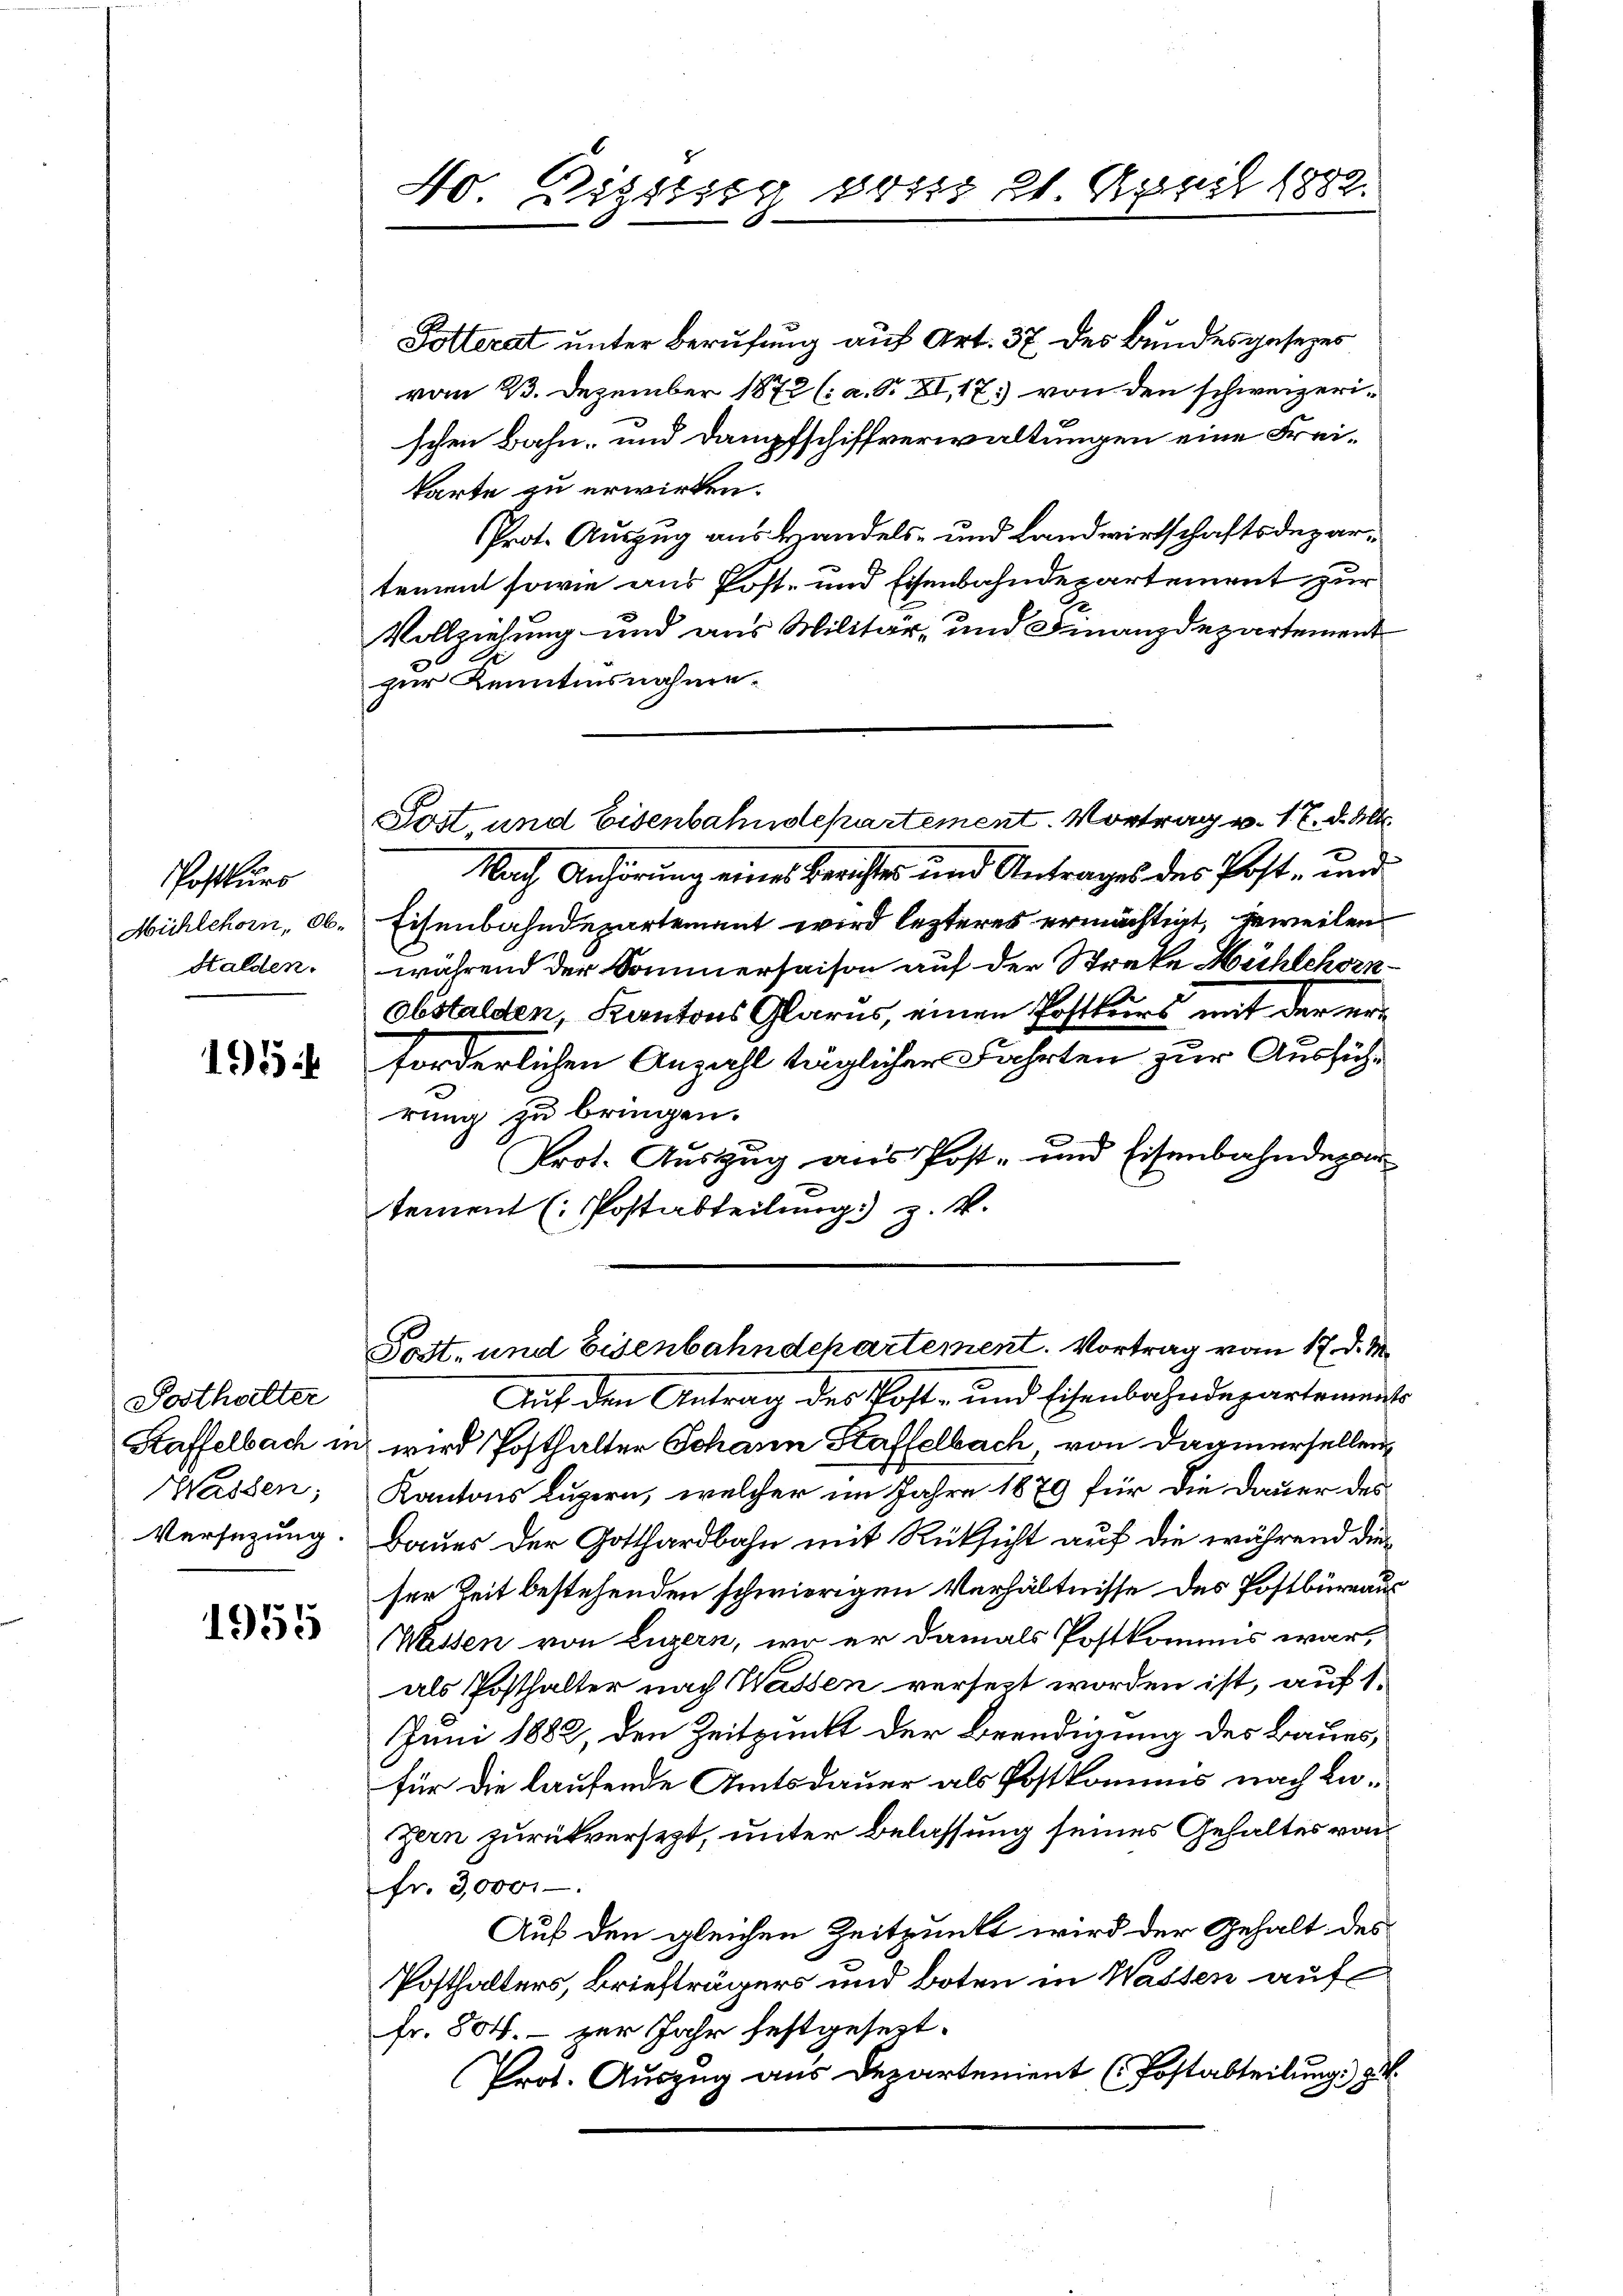
Postkurs
Mühlehorn, Ob-
Halden.

195

Sosthalter
Wassen;
Versezung.

1955

40. Distieg von 21. April 1882.

Polterat unter Berufung auf Art. 37 des Bundesgesezes
vom 23. Dezember 1872 (: a. S. XI, 17. von den schweizerischen Bahn- und Dampfschiffverwaltungen eine Freikarte zu erwirken.
Prot. Auszug aus Handels- und Landwirtschaftsdepartement sowie aus Post- und Eisenbahndepartement zur
Vollziehung und aus Militär- und Finanzdepartement
zur Kenntinsnahme.
Tost, und Eisenbahndepartement. Vortrag v. 17. d. Mts.
Nach Anhörung eines Berichtes und Antrages des Post- und
Eisenbahndepartement wird lezteres ermächtigt, jeweilen
während der Sommerhaison auf der Streke Mühlehornobstalden, Kantons Glarus, einen Postkurs mit der erforderlichen Anzahl täglicher Fahrten zur Ausführung zu bringen.
Prot. Auszug aus Post- und Eisenbahndepar
tement (Postabteilung) z. B.

Post- und Eisenbahndepartement. Vortrag vom 17. d. M.

Auf den Antrag des Post- und Eisenbahndepartements
Kaffelbach in wird Posthalter Johann Staffelbach, von dagnerselben
Kantons Luzern, welcher im Jahre 1879 für die Dauer des
Baues der Gotthardbahn mit Rücksicht auf die während dieser Zeit bestehenden schwierigen Verhältnisse des Postbüreaus
Wissen von Luzern, wo er damals Postkommis war,
als Posthalter nach Wassen versezt worden ist, auf 1.
Juni 1882, den Zeitpunkt der Beendigung des Baues,
für die laufende Amtsdauer als Postkommis nach Lazern zurückversezt, unter Belassung seines Gehaltes von
fr. 3000.
Auf den gleichen Zeitpunkt wird der Gehalt des
Posthalters, Briefträgers und boten in Wassen auf
fr. 804. - zur Jahr festgesezt.
Prot. Auszug aus Departement (Postabteilung) z. B.